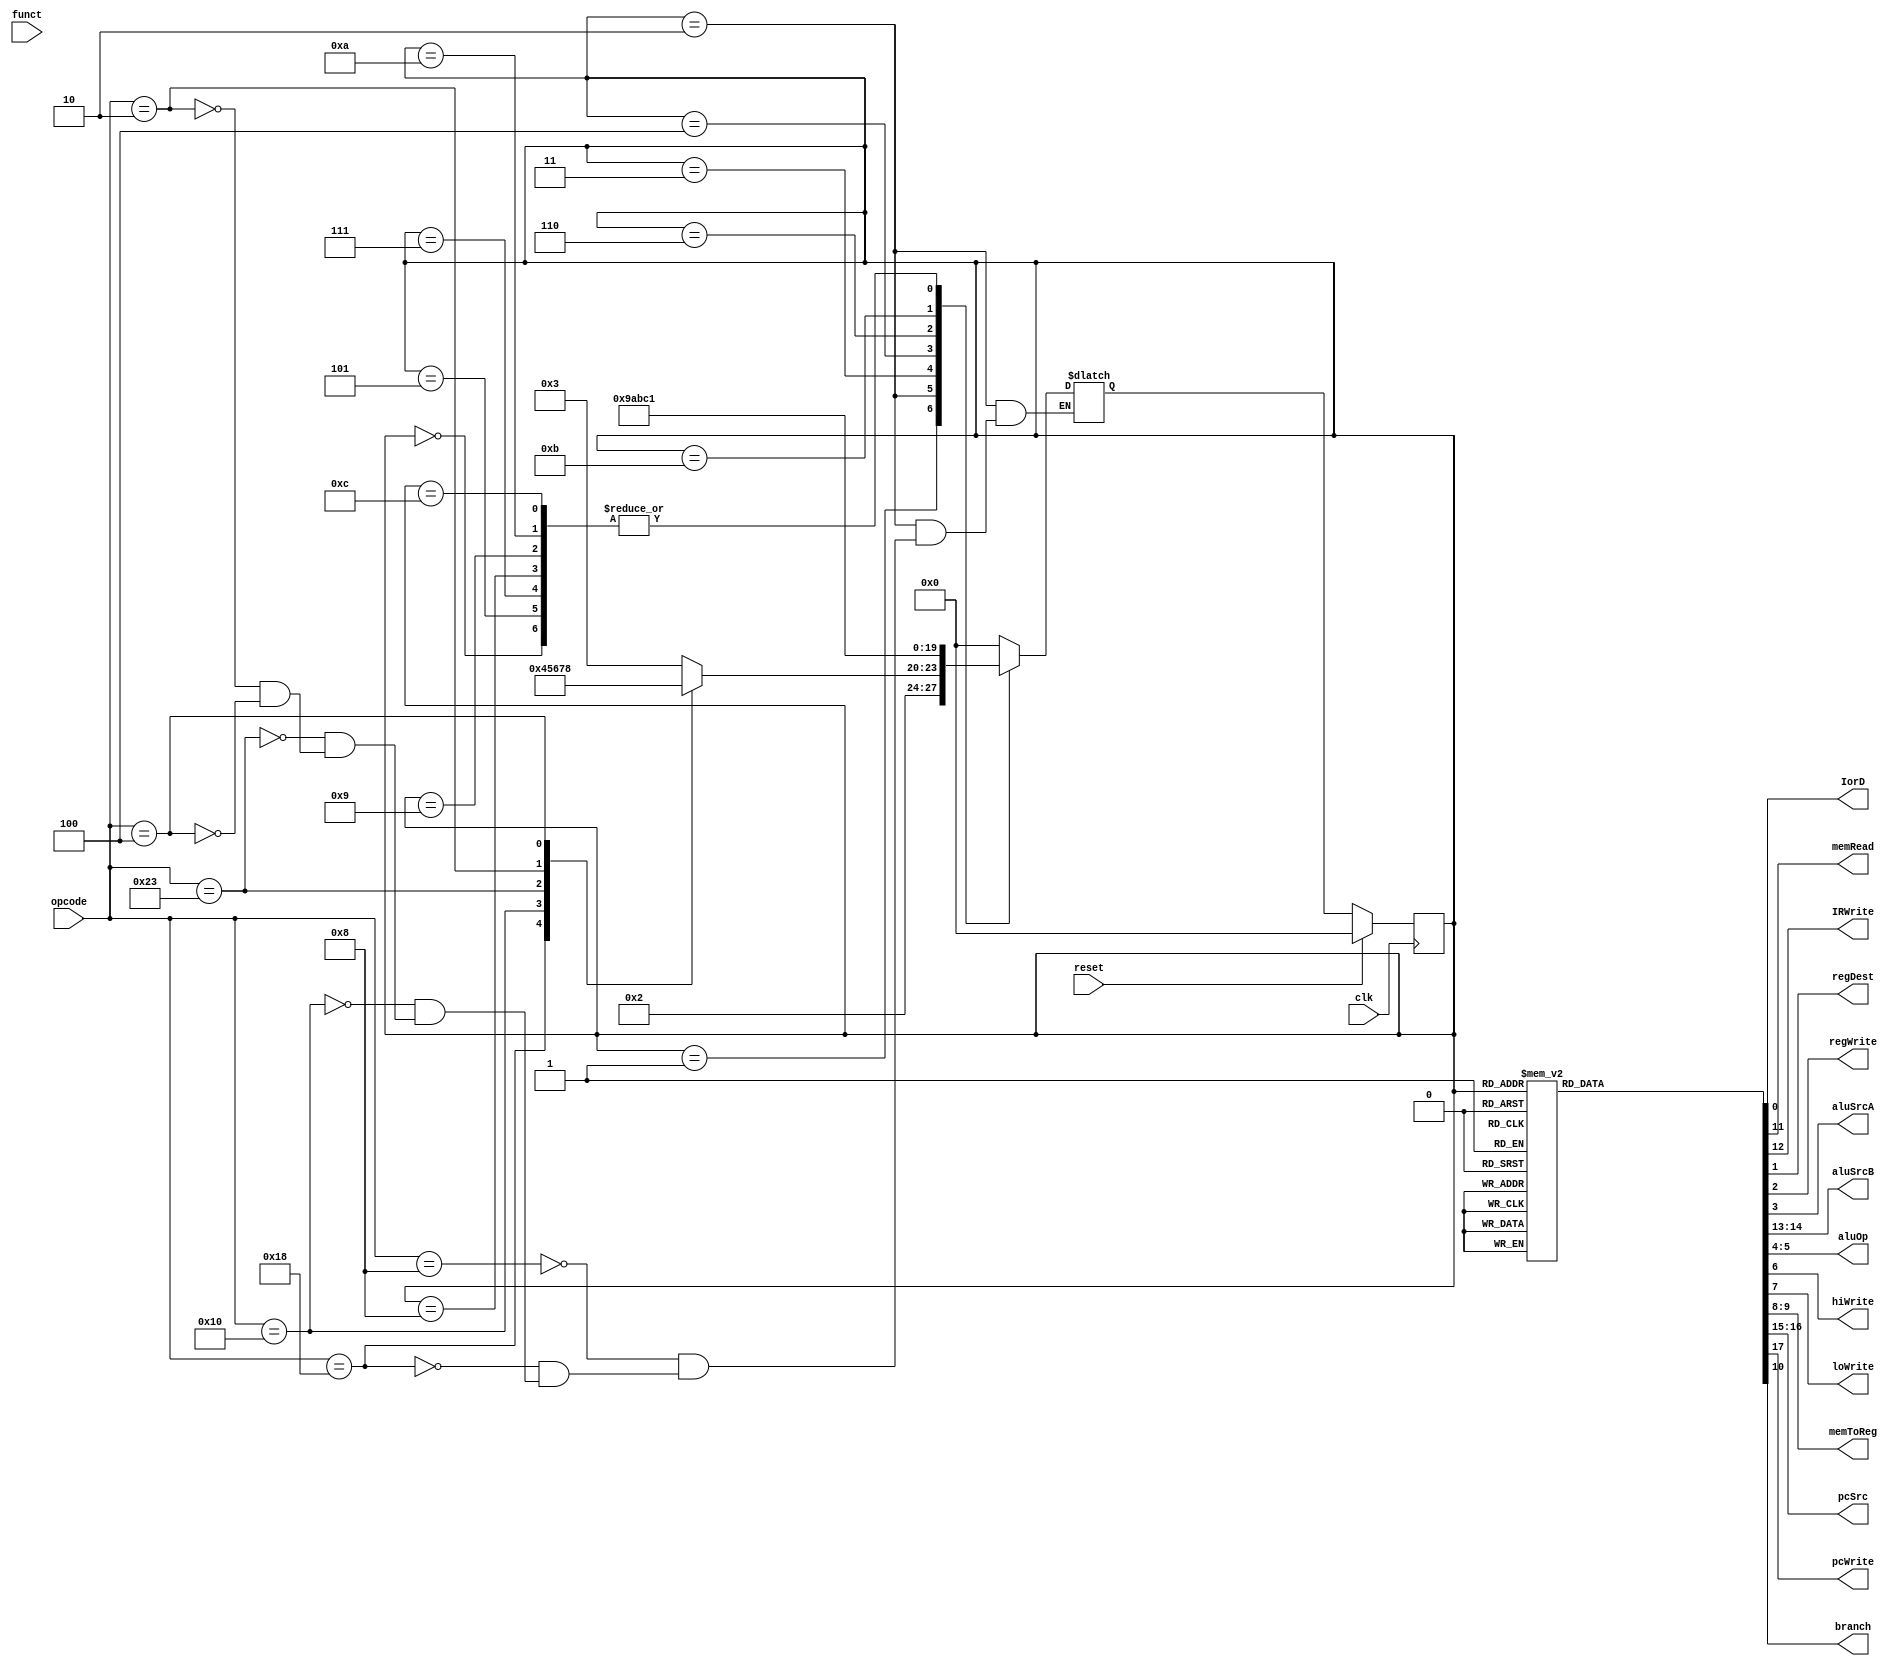
module control_circuit 
(
    input clk, 
    input reset, 
    input [5:0] opcode, 
    input [5:0] funct, 
                        
                        
    output reg IorD, 
    output reg memRead, 
    output reg IRWrite, 
    output reg regDest, 
    output reg regWrite,
    output reg aluSrcA, 
    output reg [1:0] aluSrcB, 
    output reg [1:0] aluOp, 
    output reg hiWrite,
    output reg loWrite, 
    output reg [1:0] memToReg, 
    output reg [1:0] pcSrc, 
    output reg pcWrite,
    output reg branch 
);

    reg [3:0] state;
    reg [3:0] next;


    //STATES 

    parameter s0  = 4'b0000;
    parameter s1  = 4'b0001;
    parameter s2  = 4'b0010;
    parameter s3  = 4'b0011;
    
    parameter s4  = 4'b0100;
    parameter s5  = 4'b0101;
    parameter s6  = 4'b0110;
    parameter s7  = 4'b0111;

    parameter s8  = 4'b1000;
    parameter s9  = 4'b1001;
    parameter s10 = 4'b1010;
    parameter s11 = 4'b1011;
    
    parameter s12 = 4'b1100;


    //INSTRUCTIONS:
    parameter mult = 6'b011000;
    parameter mfhi = 6'b010000;

    parameter beq  = 6'b000100;
    parameter addi = 6'b001000;
    parameter lw   = 6'b100011;

    parameter j    = 6'b000010;


    // Write your code here

    // state must update on every negedge of clk

    // the outputs have to be assigned as per the value of state

    always @ (negedge clk)
    begin

        if (reset)
            state <= s0;    //init. Maybe fetch also depends??
        
        else
            state <= next;
          
    end



    always @ (state or opcode)  //function seems irrelevant so can be ignored for current processor
    begin
        
        case (state)
        
            s0 : next = s1;
            s1 : next = s2;
            
            s2 :    begin
                        case (opcode)
                            addi : next = s3;
                            mult : next = s4;
                            mfhi : next = s5;
                            lw   : next = s6;
                            j    : next = s7;
                            beq  : next = s8;
                        endcase
                    end
                    
            s3 : next = s9;
            s4 : next = s10;
            s5 : next = s1;
            s6 : next = s11;
            s7 : next = s1;
            s8 : next = s1;
            s9 : next = s1;
            s10: next = s1;
            s11: next = s12;
            s12: next = s1;

            default : next = s0;        //init states
        endcase
    end


    always @ (state)
    begin
        
        IorD    = 1'b0;
        memRead = 1'b0;
        IRWrite = 1'b0;
        regDest = 1'b0;
        regWrite= 1'b0;

        aluSrcA = 1'b0;
        aluSrcB = 2'b00;

        aluOp   = 2'b00;

        hiWrite = 1'b0;
        loWrite = 1'b0;

        memToReg= 2'b00;

        pcSrc   = 2'b00;
        pcWrite = 1'b0;

        branch  = 1'b0;


        case (state)
            
            s1  :
                    begin
                        memRead = 1'b1;
                        IRWrite = 1'b1;
                        aluSrcB = 2'b01;
                        pcSrc   = 2'b10;
                        pcWrite = 1'b1;
                    end
            

            s2  :
                    begin
                        aluSrcB = 2'b11;
                    end
            
            s3  :
                    begin
                        aluSrcA = 1'b1;
                        aluSrcB = 2'b10;
                    end
            
            s4  :
                    begin
                        aluSrcA = 1'b1;
                        aluOp   = 2'b10;
                    end
            

            s5  :
                    begin
                    regDest = 1'b1; 
                    regWrite= 1'b1;
                    memToReg= 2'b01;
                    end
            
            s6  :
                    begin
                        aluSrcA = 1'b1;
                        aluSrcB = 2'b10;
                    end
            
            s7  :
                    begin
                        pcSrc   = 2'b01;
                        pcWrite = 1'b1;
                    end
            
            s8  :
                    begin
                        aluSrcA = 1'b1;
                        aluOp   = 2'b01;
                        branch  = 1'b1;
                    end
            
            s9  :
                    begin
                        regWrite= 1'b1;
                        memToReg= 2'b10;
                    end
            

            s10 :
                    begin
                        hiWrite = 1'b1;
                        loWrite = 1'b1;
                    end
            
            s11 :
                    begin
                        IorD    = 1'b1;
                        memRead = 1'b1;
                    end

            s12 :
                    begin
                        regWrite= 1'b1;
                    end

        endcase

    end

endmodule